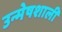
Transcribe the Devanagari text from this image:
उन्मेषशाली